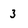
Character: 3